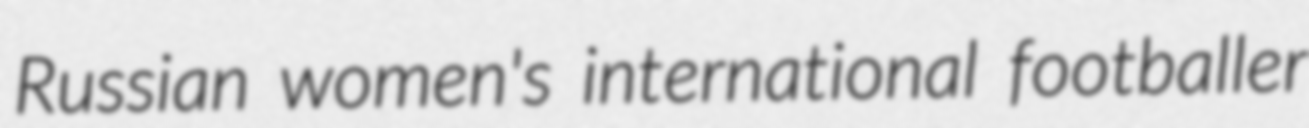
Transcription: Russian women's international footballer